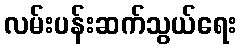
လမ်းပန်းဆက်သွယ်ရေး